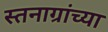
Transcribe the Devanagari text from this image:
स्तनाग्रांच्या